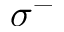
\sigma ^ { - }